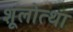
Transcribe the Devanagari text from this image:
शूलोत्था